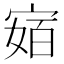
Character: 𭔅